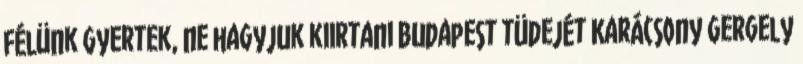
félünk Gyertek, ne hagyjuk kiirtani Budapest tüdejét Karácsony Gergely